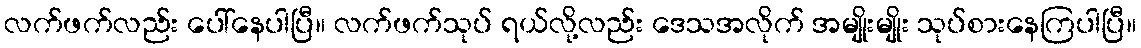
လက်ဖက်လည်း ပေါ်နေပါပြီ။ လက်ဖက်သုပ် ရယ်လို့လည်း ဒေသအလိုက် အမျိုးမျိုး သုပ်စားနေကြပါပြီ။